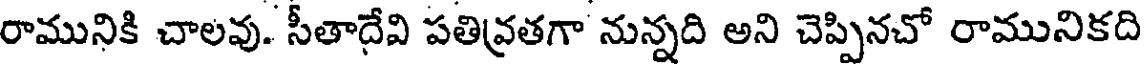
రామునికి చాలవు. సీతాదేవి పతివ్రతగా నున్నది అని చెప్పినచో రామునికది